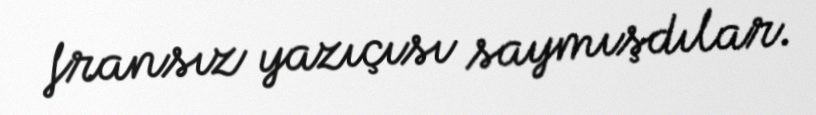
fransız yazıçısı saymışdılar.